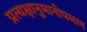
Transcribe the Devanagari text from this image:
प्रत्यक्षानुमानोपमान